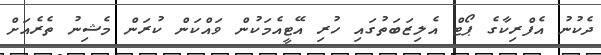
ދެކުނު އެފްރިކާގެ ޕޯޓް އެލިޒަބަތުގައި ހުރި އޭޓީއެމަކުން ވައްކަން ކުރަން މެޝިނު ތެރެއަށް